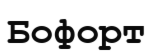
Бофорт